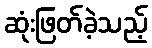
ဆုံးဖြတ်ခဲ့သည့်